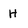
Character: H